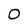
Character: 0